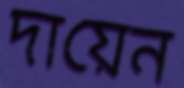
দায়েন